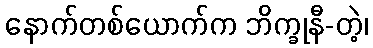
နောက်တစ်ယောက်က ဘိက္ခုနီ-တဲ့၊